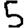
Digit: 5